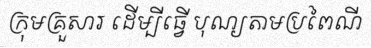
ក្រុមគ្រួសារ ដើម្បីធ្វើ បុណ្យតាមប្រពៃណី